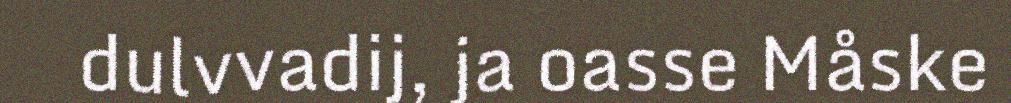
dulvvadij, ja oasse Måske